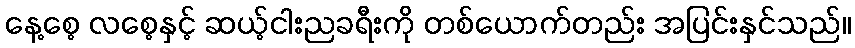
နေ့စေ့ လစေ့နှင့် ဆယ့်ငါးညခရီးကို တစ်ယောက်တည်း အပြင်းနှင်သည်။